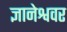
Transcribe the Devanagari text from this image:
ज्ञानेश्ववर